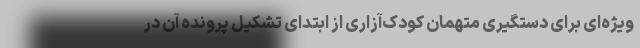
ویژه‌ای برای دستگیری متهمان کودک‌آزاری از ابتدای تشکیل پرونده آن در